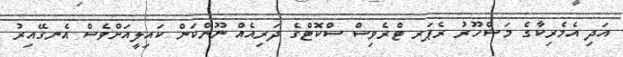
އަދި އެމެރިކާގެ މަޝްހޫރު ރެޕަރ ޓްރެވިސް ސްކޮޓްގެ ދަރިއެއް ނޫންކަން ކައިލީއަށްވެސް އެނގޭއިރު